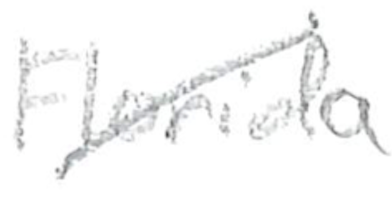
Text: Florida
Cross-out: diagonal
Writing tool: pencil